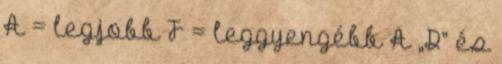
A = legjobb F = leggyengébb A „D” és